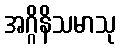
အဂ္ဂိနိသမာသု